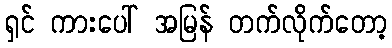
ရှင် ကားပေါ် အမြန် တက်လိုက်တော့